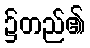
၌တည်၏